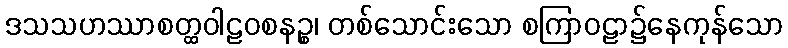
ဒသသဟဿာစတ္ထဝါဠဝစနဉ္စ၊ တစ်သောင်းသော စကြာဝဠာ၌နေကုန်သော